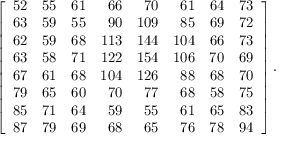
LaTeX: \left[ { \begin{array} { r r r r r r r r } { 5 2 } & { 5 5 } & { 6 1 } & { 6 6 } & { 7 0 } & { 6 1 } & { 6 4 } & { 7 3 } \\ { 6 3 } & { 5 9 } & { 5 5 } & { 9 0 } & { 1 0 9 } & { 8 5 } & { 6 9 } & { 7 2 } \\ { 6 2 } & { 5 9 } & { 6 8 } & { 1 1 3 } & { 1 4 4 } & { 1 0 4 } & { 6 6 } & { 7 3 } \\ { 6 3 } & { 5 8 } & { 7 1 } & { 1 2 2 } & { 1 5 4 } & { 1 0 6 } & { 7 0 } & { 6 9 } \\ { 6 7 } & { 6 1 } & { 6 8 } & { 1 0 4 } & { 1 2 6 } & { 8 8 } & { 6 8 } & { 7 0 } \\ { 7 9 } & { 6 5 } & { 6 0 } & { 7 0 } & { 7 7 } & { 6 8 } & { 5 8 } & { 7 5 } \\ { 8 5 } & { 7 1 } & { 6 4 } & { 5 9 } & { 5 5 } & { 6 1 } & { 6 5 } & { 8 3 } \\ { 8 7 } & { 7 9 } & { 6 9 } & { 6 8 } & { 6 5 } & { 7 6 } & { 7 8 } & { 9 4 } \end{array} } \right] .